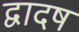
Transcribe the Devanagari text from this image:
द्वादष